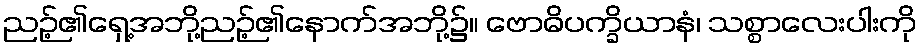
ညဉ့်၏ရှေ့အဘို့ညဉ့်၏နောက်အဘို့၌။ ဗောဓိပက္ခိယာနံ၊ သစ္စာလေးပါးကို